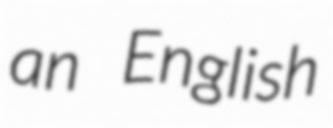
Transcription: an English